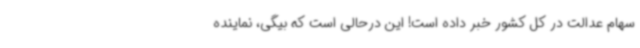
سهام عدالت در کل کشور خبر داده است! این درحالی است که بیگی، نماینده